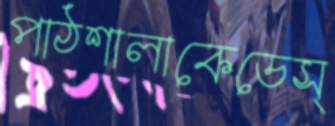
পাঠশালাকেডেস্